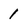
Character: 1